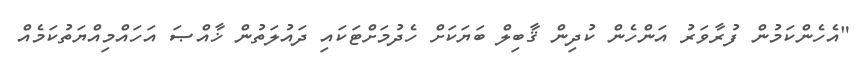
"އެހެންކަމުން ފުރާވަރު އަންހެން ކުދިން ޤާބިލް ބަޔަކަށް ހެދުމަށްޓަކައި ދައުލަތުން ޚާއްޞަ އަހައްމިއްޔަތުކަމެއް